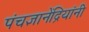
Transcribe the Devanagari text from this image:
पंचज्ञानेंद्रियांनी